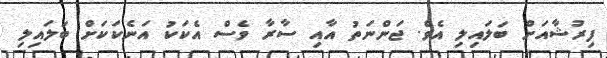
ފިރުޝާއަށް ބަލައިލި އެވެ. ޖަންނަތު އާއި ސާރާ ވެސް އެކަކު އަނެކަކަށް ބަލައިލި